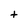
Character: t